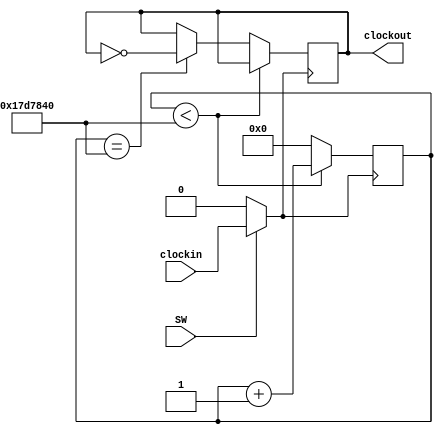
module slowclk(
    input clockin,
	 input SW,
    output clockout
);

reg clock = 0;
reg [32:0] count = 0;
wire [32:0] div = 25_000_000;

wire reset = SW ? clockin : 0;

always @(posedge reset)
begin
    if (count < div)
        count <= count + 1;
    else if (count == div)
    begin
        clock = ~clock;
        count = 0;
    end
    else
        count = 0;
end

assign clockout = clock;

endmodule